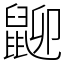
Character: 𪕋